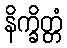
နိက္ခိတ္တံ